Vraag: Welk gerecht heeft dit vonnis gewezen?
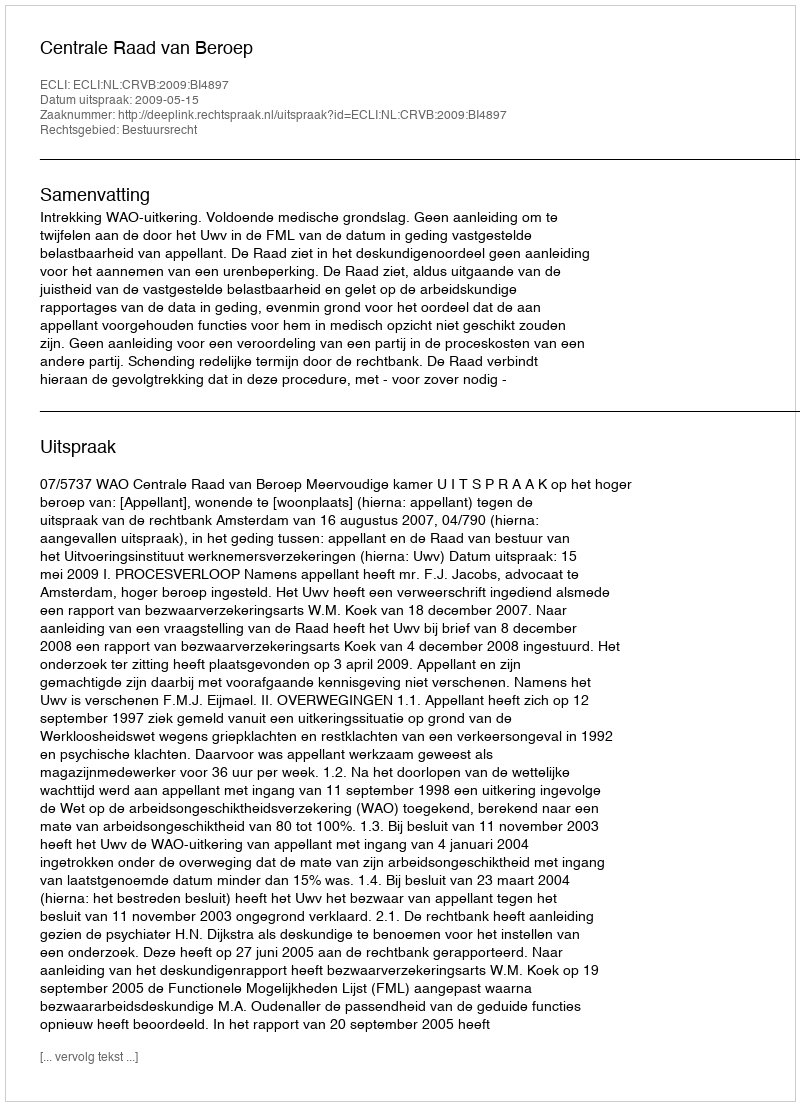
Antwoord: Centrale Raad van Beroep